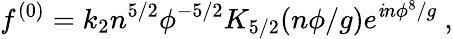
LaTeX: f^{(0)}=k_{2}n^{5/2}\phi^{-5/2}K_{5/2}(n\phi/g)e^{\mathit{i}n\phi^{8}/g}~,